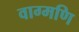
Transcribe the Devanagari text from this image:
वाग्मणि